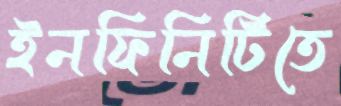
ইনফিনিটিতে